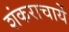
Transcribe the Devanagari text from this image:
शंकराचार्ये